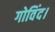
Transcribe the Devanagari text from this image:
गोविंद।